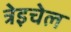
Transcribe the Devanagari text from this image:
त्रेइचेल